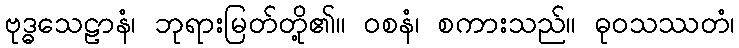
ဗုဒ္ဓသေဠာနံ၊ ဘုရားမြတ်တို့၏။ ဝစနံ၊ စကားသည်။ ဓုဝသဿတံ၊